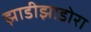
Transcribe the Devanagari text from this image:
झाडीझाडोरा